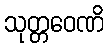
သုတ္တဝေဏိ